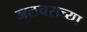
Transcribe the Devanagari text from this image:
जलचराच्या